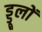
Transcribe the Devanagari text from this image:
ड्डूलों